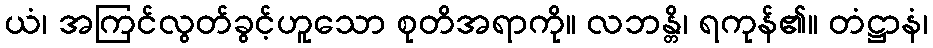
ယံ၊ အကြင်လွတ်ခွင့်ဟူသော စုတိအရာကို။ လဘန္တိ၊ ရကုန်၏။ တံဋ္ဌာနံ၊